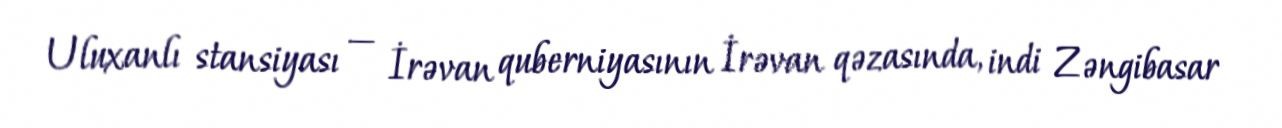
Uluxanlı stansiyası — İrəvan quberniyasının İrəvan qəzasında, indi Zəngibasar